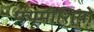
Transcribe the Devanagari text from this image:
फ़्यूमीशियो